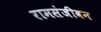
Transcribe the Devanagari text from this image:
रामसंजीवन